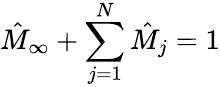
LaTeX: \hat{M}_{\infty}+\sum_{j=1}^{N}\hat{M}_{j}=1